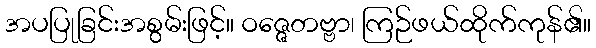
အပပြုခြင်းအစွမ်းဖြင့်။ ဝဇ္ဇေတဗ္ဗာ၊ ကြဉ်ဖယ်ထိုက်ကုန်၏။